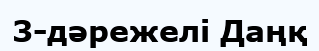
3-дәрежелі Даңқ